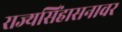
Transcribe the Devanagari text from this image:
राज्यसिंहासनावर